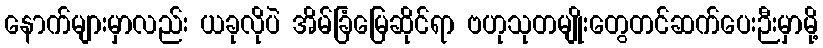
နောက်များမှာလည်း ယခုလိုပဲ အိမ်ခြံမြေဆိုင်ရာ ဗဟုသုတမျိုးတွေတင်ဆက်ပေးဉီးမှာမို့